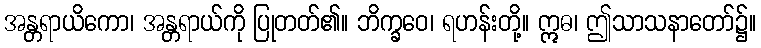
အန္တရာယိကော၊ အန္တရာယ်ကို ပြုတတ်၏။ ဘိက္ခဝေ၊ ရဟန်းတို့။ ဣဓ၊ ဤသာသနာတော်၌။